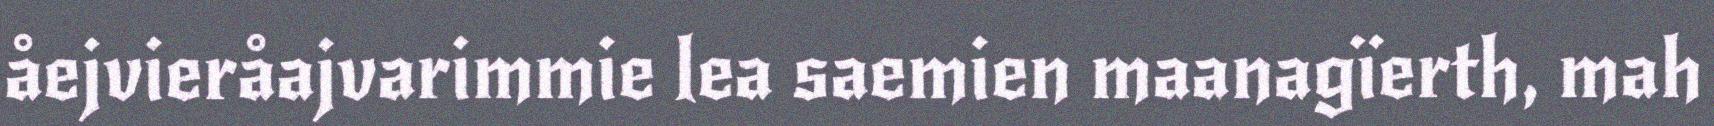
åejvieråajvarimmie lea saemien maanagïerth, mah